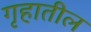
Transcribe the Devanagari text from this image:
गृहातील